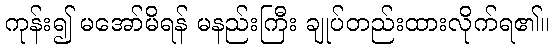
ကုန်း၍ မအော်မိရန် မနည်းကြီး ချုပ်တည်းထားလိုက်ရ၏။